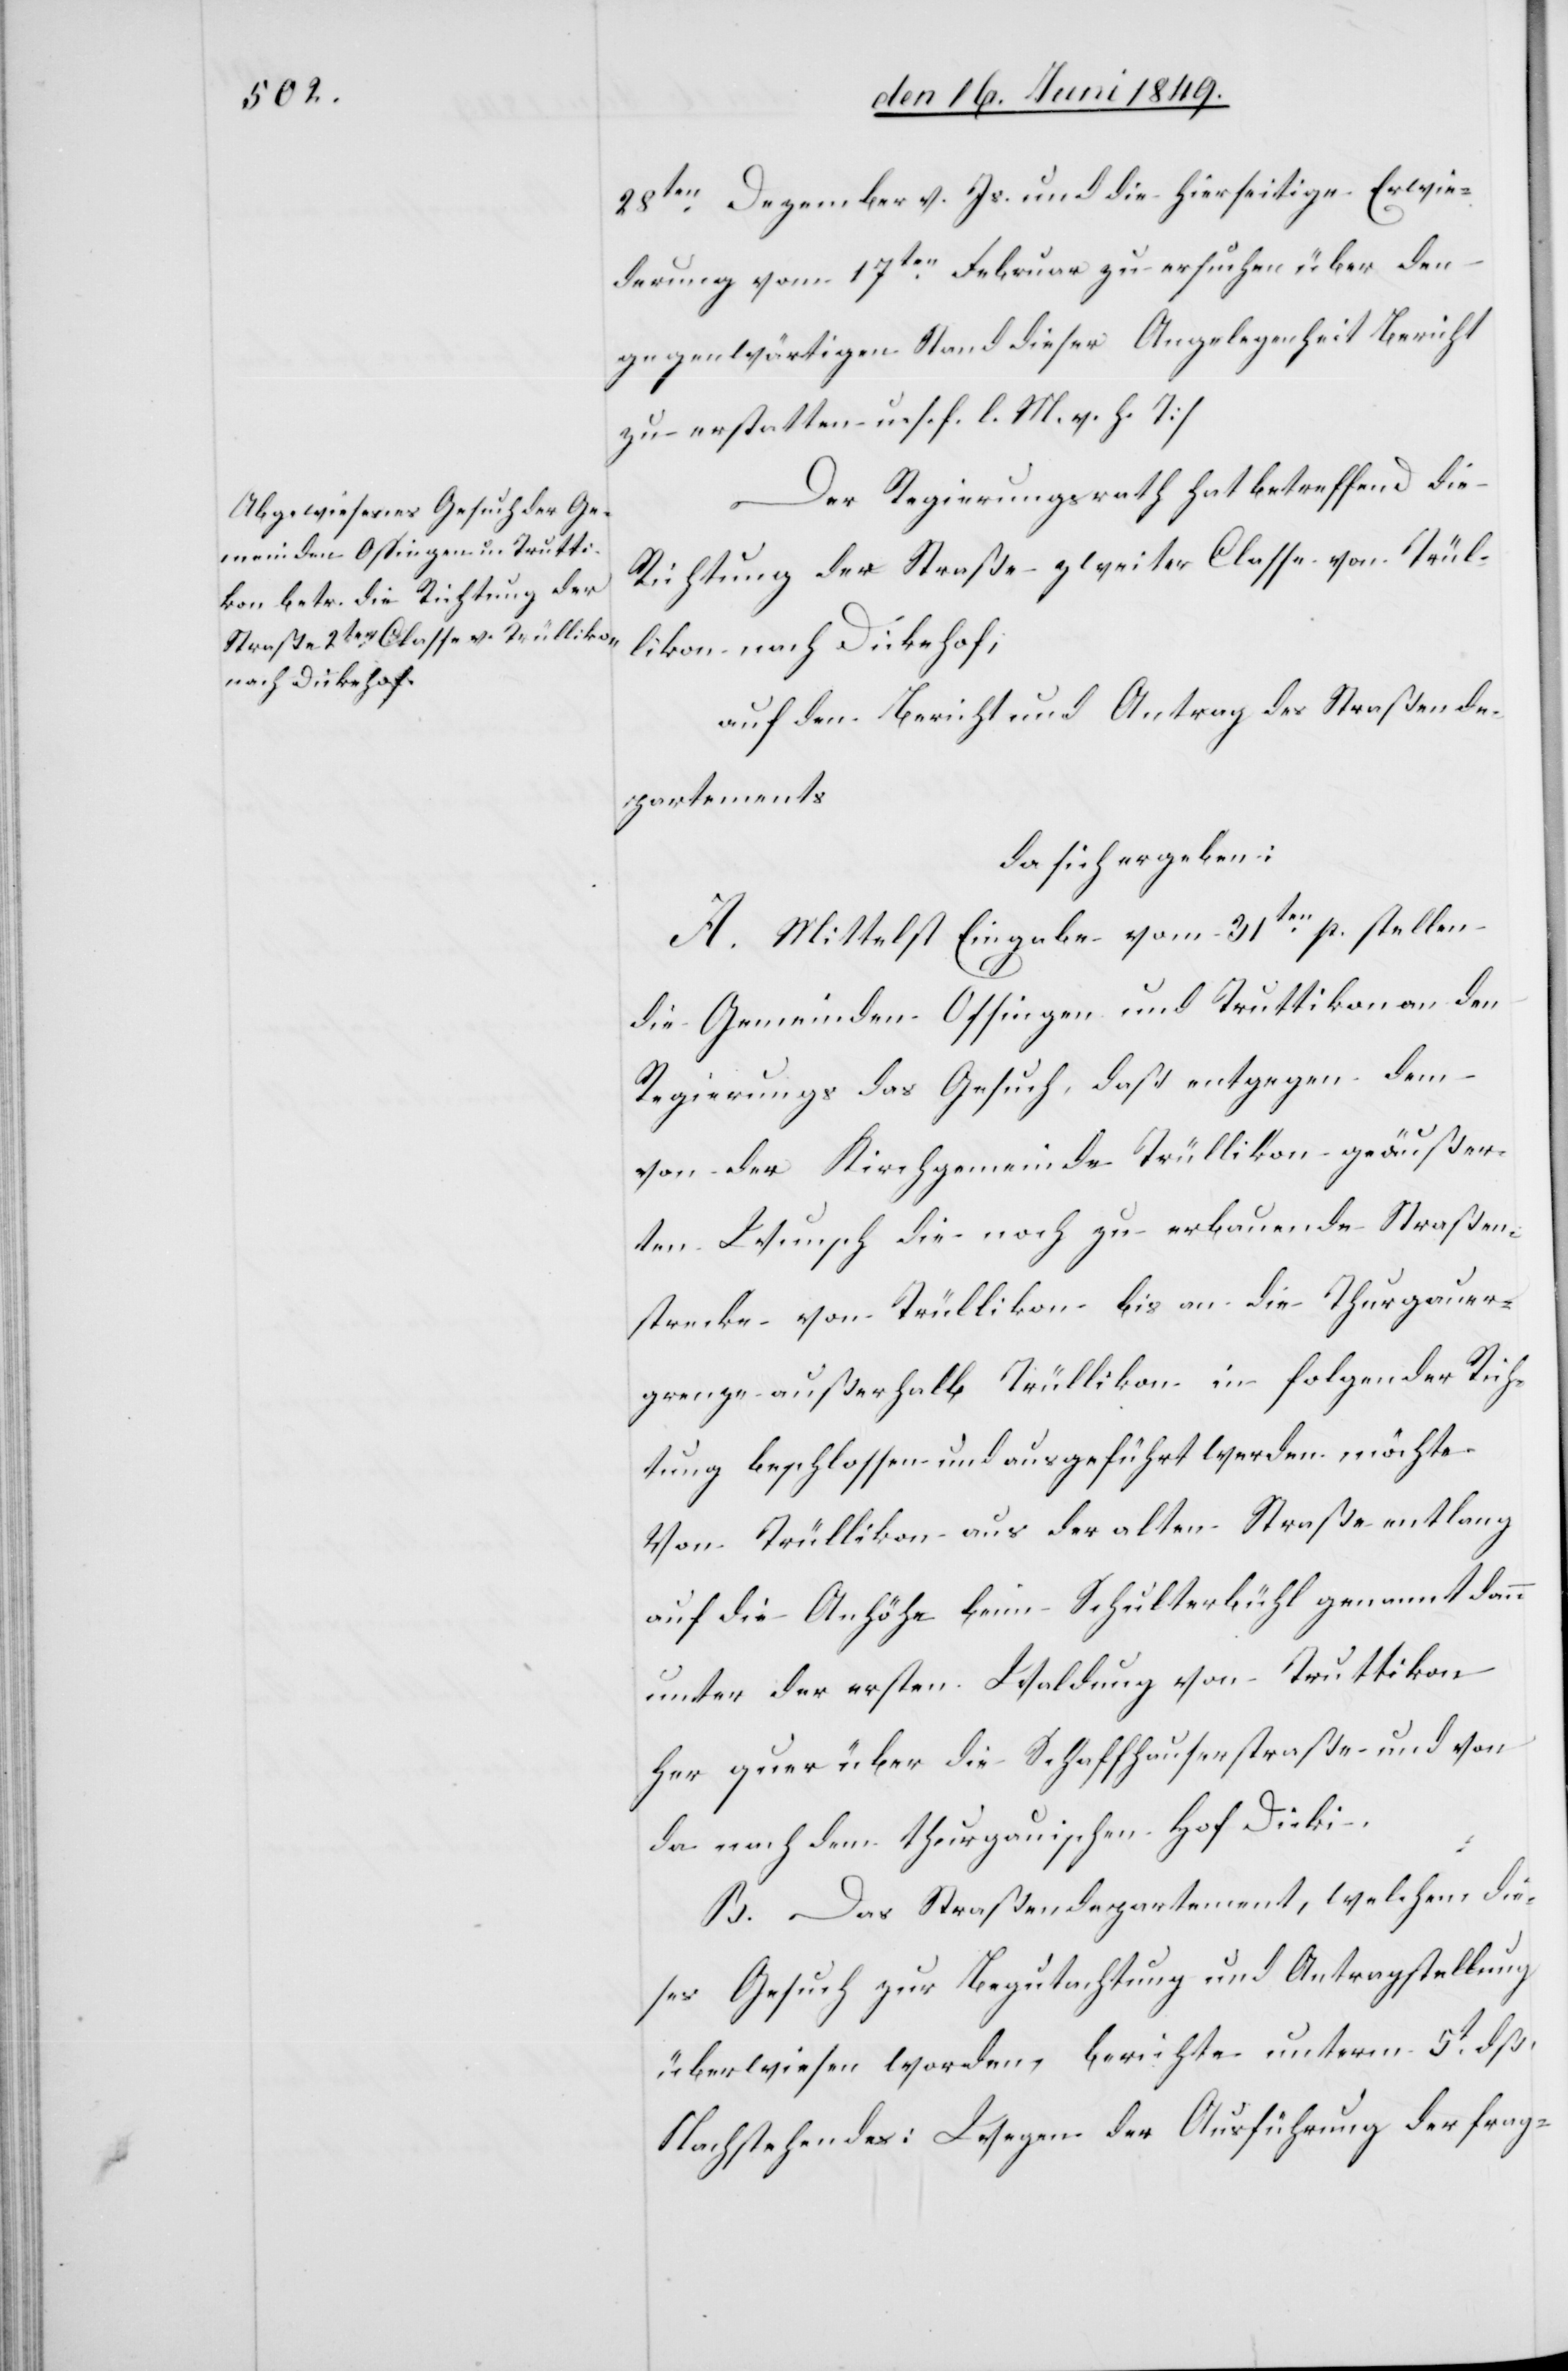
28ten Dezember v. Js. und die hierseitige Erwie¬
derung vom 17ten Februar zu ersuchen über den
gegenwärtigen Stand dieser Angelegenheit Bericht
zu erstatten u. s. f. []l. M. h. T]
Der Regierungsrath hat betreffend die
Richtung der Straße zweiter Classe von Trül¬
likon nach Dickehof;
auf den Bericht und Antrag des Straßende¬
partements
da sich ergeben:
A. Mittelst Eingabe vom 31ten p. stellen
die Gemeinden Ossingen und Truttikon an den
Regierungs[rath] das Gesuch, daß entgegen dem
von der Kirchgemeinde Trüllikon geäußer¬
ten Wunsch die noch zu erbauende Straßen¬
strecke von Trüllikon bis an die Thurgauer¬
grenze außerhalb Trüllikon in folgender Rich¬
tung beschlossen und ausgeführt werden möchte.
Von Trüllikon aus der alten Straße entlang
auf die Anhöhe beim Schulterbühl genannt dann
unter der ersten Waldung von Truttikon
her quer über die Schaffhauserstraße und von
da nachdem thurgauischen Hof Dicki.
B. Das Straßendepartement, welchem die¬
ses Gesuch zur Begutachtung und Antragstellung
überwiesen worden, berichte unterm 5t dß.
Nachstehendes: Wegen der Ausführung der frag-